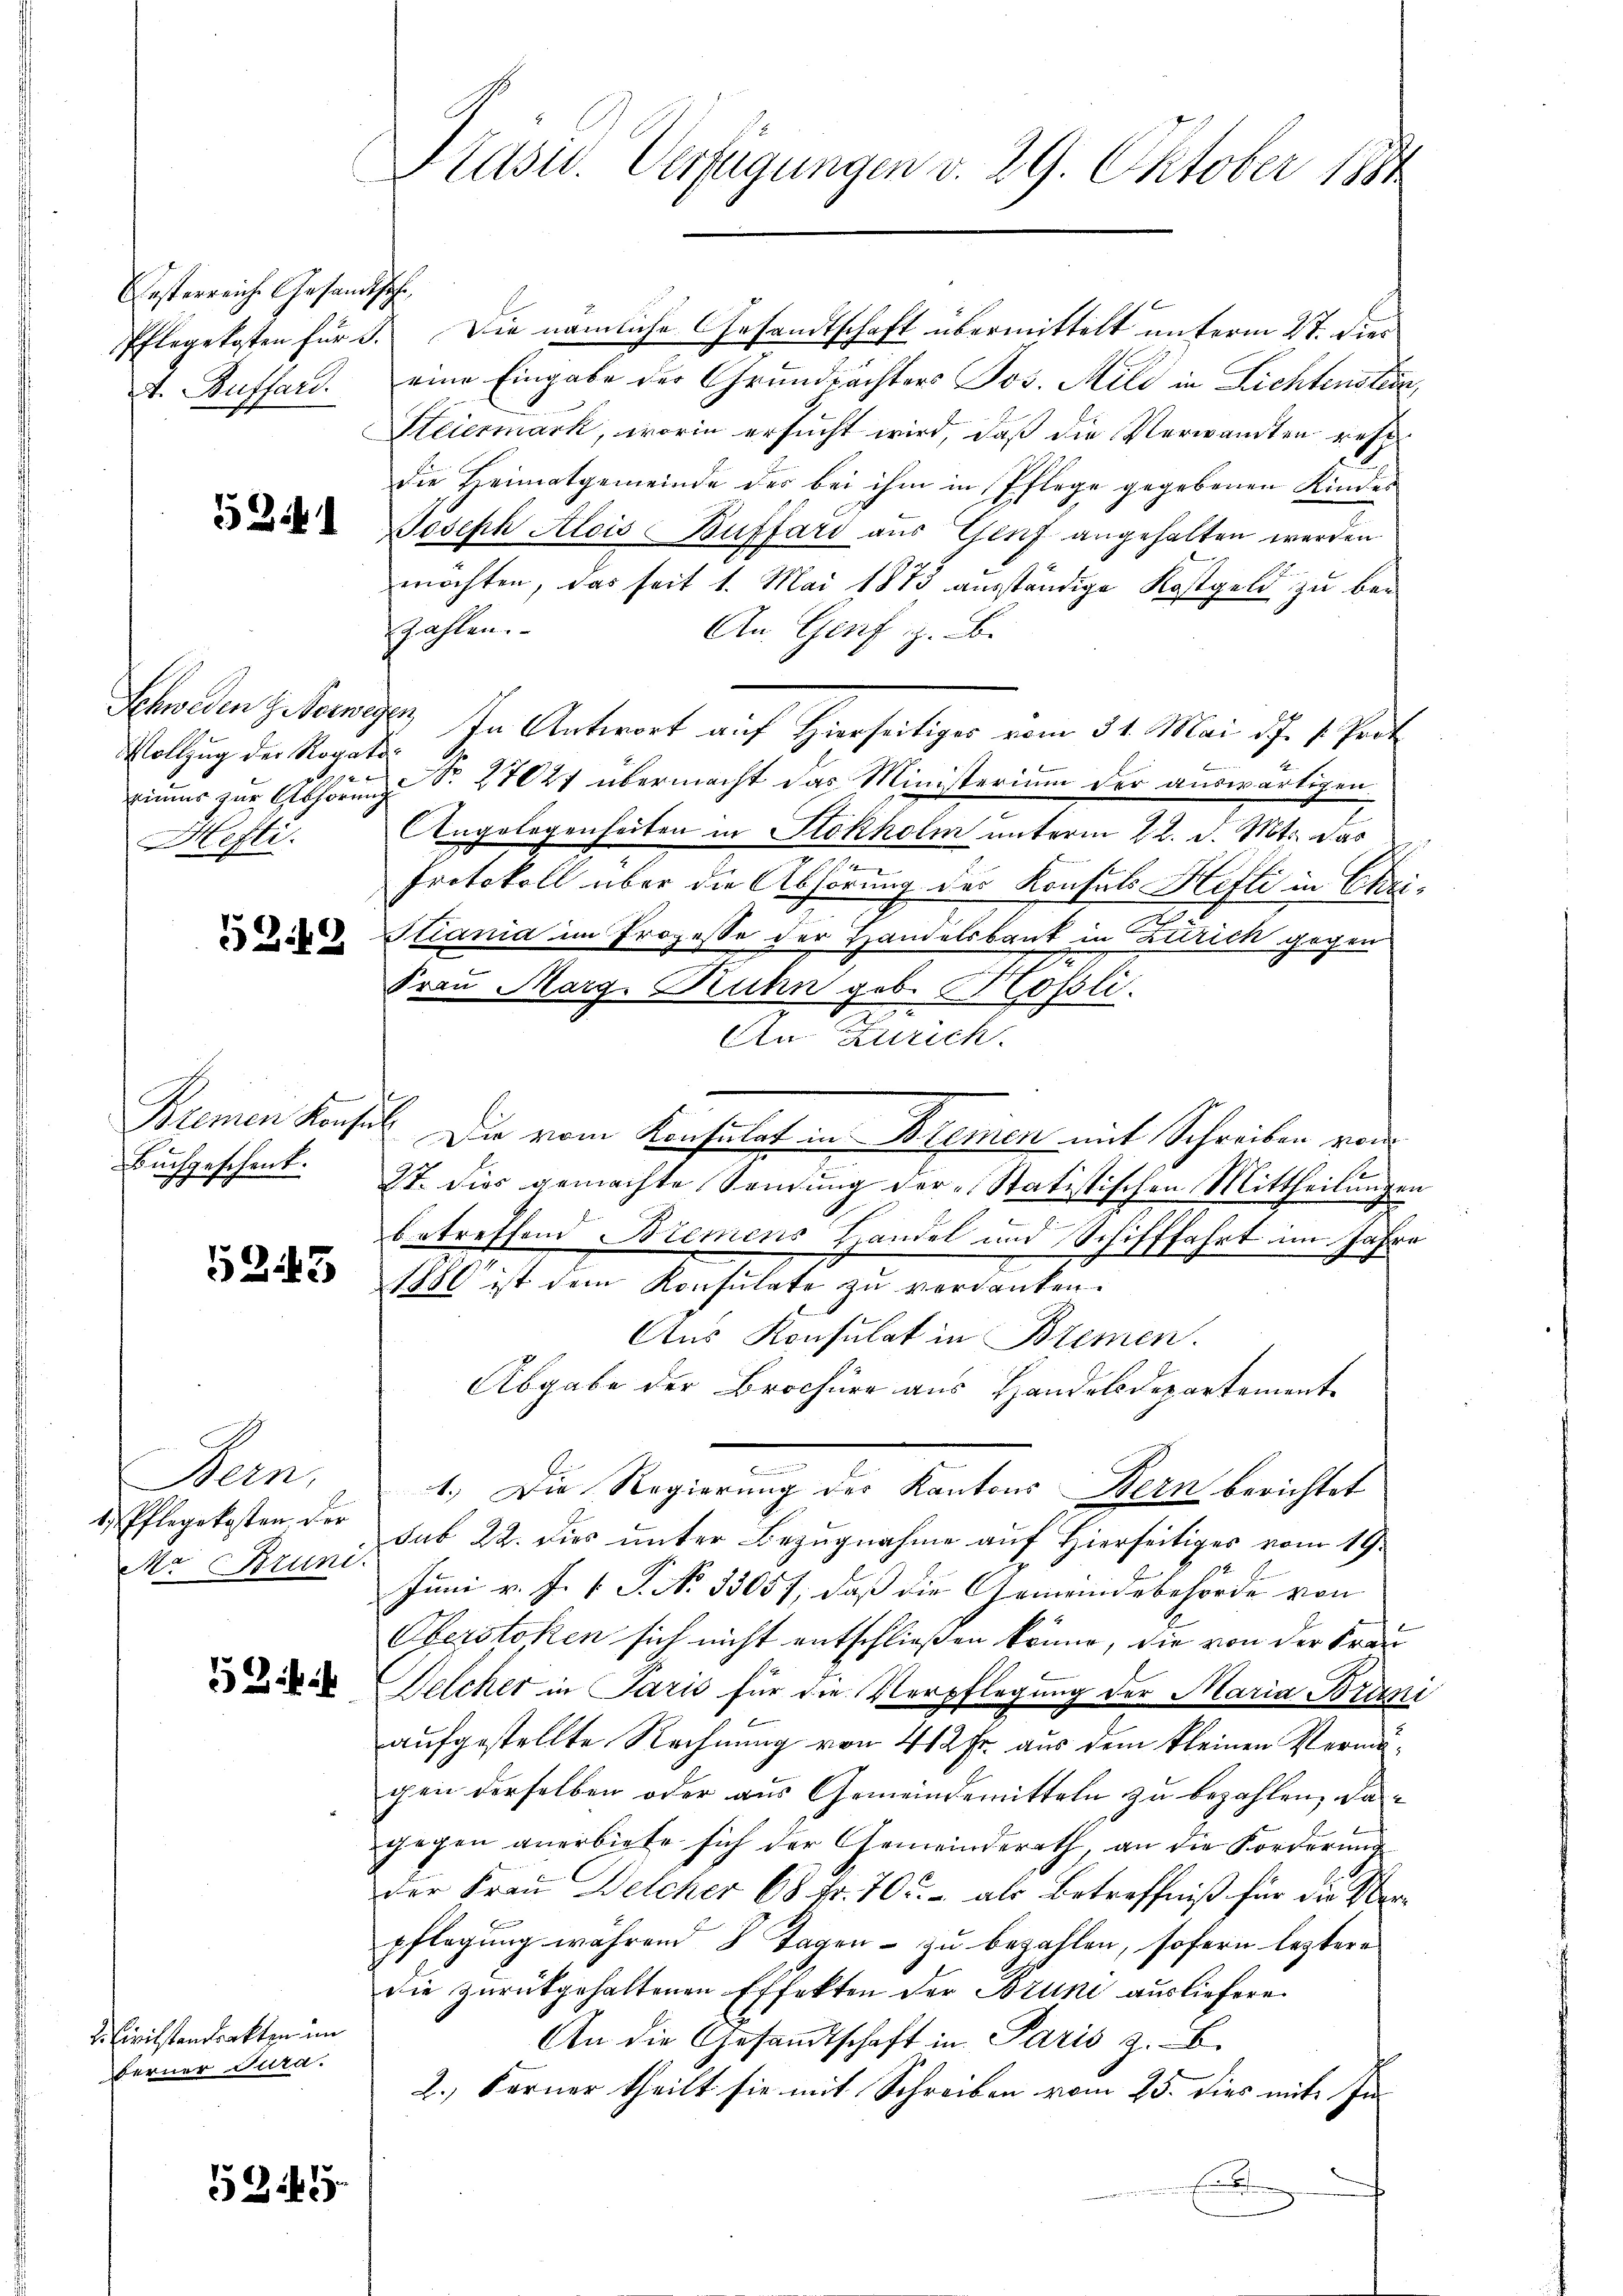
esterreiche Gesandtschi
Pflegekosten für 3.

524

Vollzug der Rogato¬
14 x
Hefti

5249

Buchgeschenk.
schich

5243

Bern.
Mr Bruni.

I. Civilstantrakten im
berner Jura.

529

Präsid. Verfügungen v. 29. Oktober 1891

Die nämliche Gesandtschaft übermittelt unterm 27. dies
v. Buffard. eine Eingabe der Grundwächters Jos. Mild in Lichtensten,
Steiermark, worin ersucht wird, daß die Verwandten resp
die Heimatgemeinde der bei ihm in Pflege gegebenen Kindes
Joseph Alois Buffard aus Genf angehalten werden.
möchten, das seit 1. Mai 1873 ausständige Kostgeld zu bezahlen.
An. Genf z. B.
Schweden ziemeyer, In Antwort auf Hierseitiger vom 31. Mai d. J. 1. Prot
zimmer zur Abhörung Nr. 27027 übermacht das Ministerium der auswärtigen
Angelegenheiten in Stokholm unterm 22. d. Mts. das
Protokoll über die Abhörung des Konsuls Hefti in Chri¬
Stiania im Prozesse der Handelsbank in Zürich gegen
1
Frau Marg. Ruhn geb. Krössli
22
An Zürich.
Klemen Konsil. Die vom Konsulat in Bienien mit Schreiben von
27. Dies gemachte Sendung der „Statistischen Mittheilungen
betreffend Bremens Handel und Schifffahrt im Jahre
1880 ist dem Konsulate zu verdanken.
Aus Konsulat in Bremen.
Abgabe der Brochüre aus Handelsdepartemente
1.) Die Regierung der Kantons Bern berichtet
Pflegekosten der sub 22. dies unter Bezugnahme auf Hierseitiges vom 19.
Juni v. J. P. P. No 13057, daß die Gemeindsbehörde von
Oberstoken sich nicht entschließen könne, die von der Frau
deder Welcher in Paris für die Verpflegung der Maria Brani
aufgestellte Rechnung von 412 fr. aus dem kleinen Vermögen derselben oder aus Gemeindemitteln zu bezahlen, da
gegen anerbiete sich der Gemeinderath an die Forderung
der Frau Delcher 68 Fr. 705. - als Betreffniß für die Oberpflegung während 8 Tagen - zu bezahlen, sofern leztere
die zurükgehaltenen Effekten der Bruni ausliefere.
An die Gesamtschaft in Paris z. B.
2.) Ferner theilt sie mit Schreiben vom 25. dies mit In¬
E